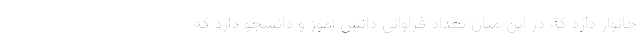
خانوار دارد که در این میان تعداد فراوانی دانش آموز و دانشجو دارد که